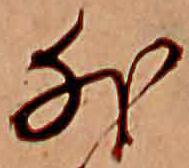
外